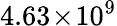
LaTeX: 4.63\! \times\! 10^{9}